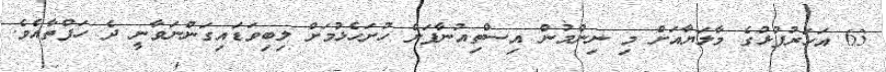
63 އަހަރުފުޅުގެ މާލަޔާއަށް މިި ނިންމުން އިސްތިއުނާފަށް ހުށަހެޅުމަށް ލިބިވަޑައިގަންނަވާނީ ދެ ހަފްތާއެވެ.